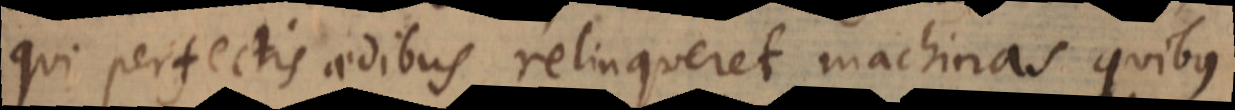
qui perfectis aedibus relinqueret machinas quibus